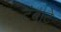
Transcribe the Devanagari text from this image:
टंबाटे